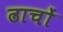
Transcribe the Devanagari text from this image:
ढाचों